Report on vaccination in Madras 1922-1929 - 1922-1929
Year: 1922
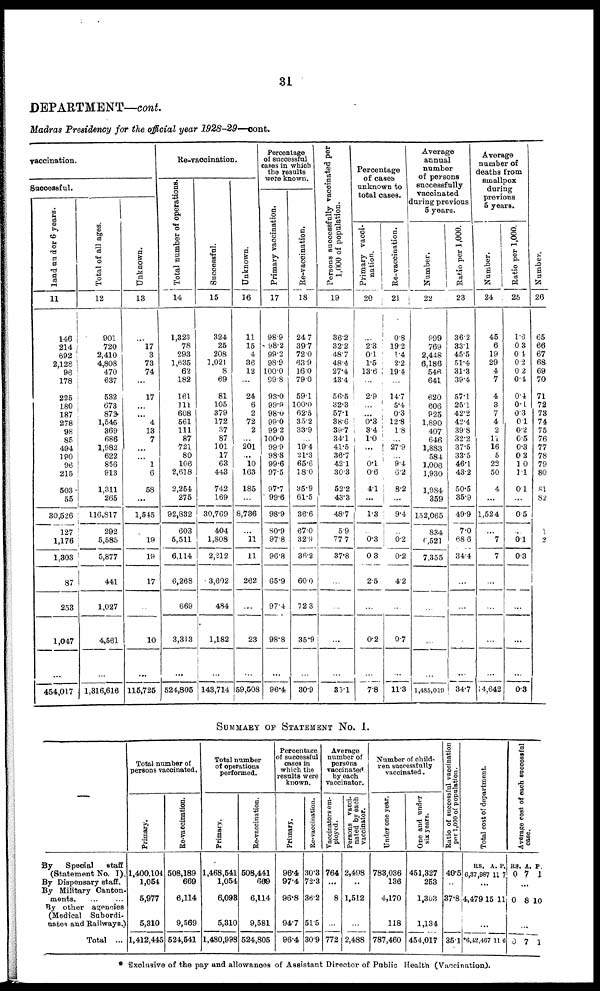
31
DEPARTMENT—cont.
Madras Presidency for the official year 1928-29—cont.
vaccination.
Successful.
land under 6 years.
11
146
214
692
2,128
96
178
225
180
187
278
98
85
494
190
96
215
503
55
30,526
127
1,176
1,303
87
253
1,047
454,017
Total of all ages.
12
901
720
2,410
4,808
470
637
582
673
872
1,545
369
686
1,982
622
856
913
1,311
265
116,817
292
5,585
5,877
441
1,027
4,561
1,316,616
Unknown.
13
...
17
3
73
74
...
17
...
...
4
13
7
...
...
1
6
58
...
1,545
19
19
17
...
10
115,725
Re-vaccination.
Total number of operations.
14
1,323
78
293
1,635
62
182
161
111
608
561
111
87
721
80
106
2,618
2,254
275
92,832
603
5,511
6,114
6,268
669
3,313
524,805
Successful.
15
324
25
208
1,021
8
69
81
105
379
172
37
87
101
17
63
443
742
169
30,769
404
1,808
2,212
3,602
484
1,182
143,714
Unknown.
16
11
15
4
36
12
...
24
6
2
72
2
...
201
...
10
163
185
...
8,736
...
11
11
262
...
23
59,508
Percentage
of successful
cases in which
the results
were known.
Primary vaccination.
17
98.9
98.2
99.2
98.9
100.0
99.8
93.0
99.9
98.0
99.0
99.2
100.0
99.9
98.8
99.6
97.5
97.7
99.6
98.9
80.9
97.8
96.8
65.9
97.4
98.8
96.4
Re-vaccination.
18
24.7
39.7
72.0
63.9
16.0
79.0
59.1
100.0
62.5
35.2
33.9
...
19.4
21.3
65.6
18.0
35.9
61.5
36.6
67.0
32.9
36.2
60.0
72.3
35.9
30.9
Persons successfully vaccinated per
1,000 of population.
19
36.2
32.2
48.7
48.4
27.4
43.4
56.5
32.3
57.1
38.6
39.7
34.1
41.5
36.7
42.1
30.3
52.2
43.3
48.7
5.9
77.7
37.8
...
...
...
35.1
Percentage
of cases
unknown to
total cases.
Primary vacci-
nation.
20
...
2.3
0.1
1.5
13.6
...
2.9
...
...
0.3
3.4
1.0
...
...
0.1
0.6
4.1
...
1.3
...
0.3
0.3
2.5
...
0.2
7.8
Re-vaccination.
21
0.8
19.2
1.4
2.2
19.4
...
14.7
5.4
0.3
12.8
1.8
...
27.9
...
9.4
6.2
8.2
...
9.4
... 0.2
0.2
4.2
...
0.7
11.3
Average
annual
number
of persons
successfully
vaccinated
during previous
5 years.
Number.
22
999
769
2,448
6,186
546
641
620
606
925
1,890
407
646
1,883
584
1,006
1,930
1,984
359
152,065
834
6,521
7,355
...
...
...
1,485,019
Ratio per 1,000.
23
36.2
33.1
45.5
51.4
31.3
39.4
57.1
25.1
42.2
42.4
39.8
32.2
37.5
33.5
46.1
43.2
50.5
35.9
49.9
7.0
68.6
34.4
...
...
...
34.7
Average
number of
deaths from
smallpox
during
previous
5 years.
Number.
24
45
6
19
29
4
7
4
3
7
4
2
11
16
5
22
50
4
...
1,524
...
7
7
...
...
...
14,642
Ratio per 1,000.
25
1.6
0.3
0.4
0.2
0.2
0.4
0.4
0.1
0.3
0.1
0.2
0.5
0.3
0.3
1.0
1.1
0.1
...
0.5
...
0.1
0.3
...
...
...
0.3
Number.
26
65
66
67
68
69
70
71
72
73
74
75
76
77
78
79
80
81
82
1
2
...
...
...
SUMMARY OF STATEMENT No. I.
—
By Special staff
(Statement No. I).
By Dispensary staff.
By Military Canton-
ments. ... ...
By other agencies
(Medical Subordi-
nates and Railways.)
Total ...
Total number of
persons vaccinated.
Primary.
1,400,104
1,054
5,977
5,310
1,412,445
Re-vaccination.
508,189
669
6,114
9,569
524,541
Total number
of operations
performed.
Primary.
1,468,541
1,054
6,093
5,310
1,480,998
Re-vaccination.
508,441
669
6,114
9,581
524,805
Percentage
of successful
cases in
which the
results were
known.
Primary.
96.4
97.4
96.8
94.7
96.4
Re-vaccination.
30.3
72.3
36.2
51.5
30.9
Average
number of
persons
vaccinated
by each
vaccinator.
Vaccinators em-
ployed.
764
...
8
...
772
Persons vacci-
nated by each
vaccinator.
2,498
...
1,512
...
2,488
Number of child-
ren successfully
vaccinated.
Under one year.
783,036
136
4,170
118
787,460
One and under
six years.
451,327
253
1,303
1,134
454,017
Ratio of successful vaccination
per 1,000 of population.
40.5
...
37.8
...
35.1
Total cost of department.
RS.
6,37,987
A.
11
P.
7
...
4,479
15
11
...
*6,12,467 11 6
Average cost of each successful
case.
RS.
0
A.
7
P.
1
...
0 8 10
...
0 7 1
* Exclusive of the pay and allowances of Assistant Director of Public Health (Vaccination).